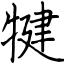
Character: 犍